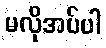
မလိုအပ်ပါ